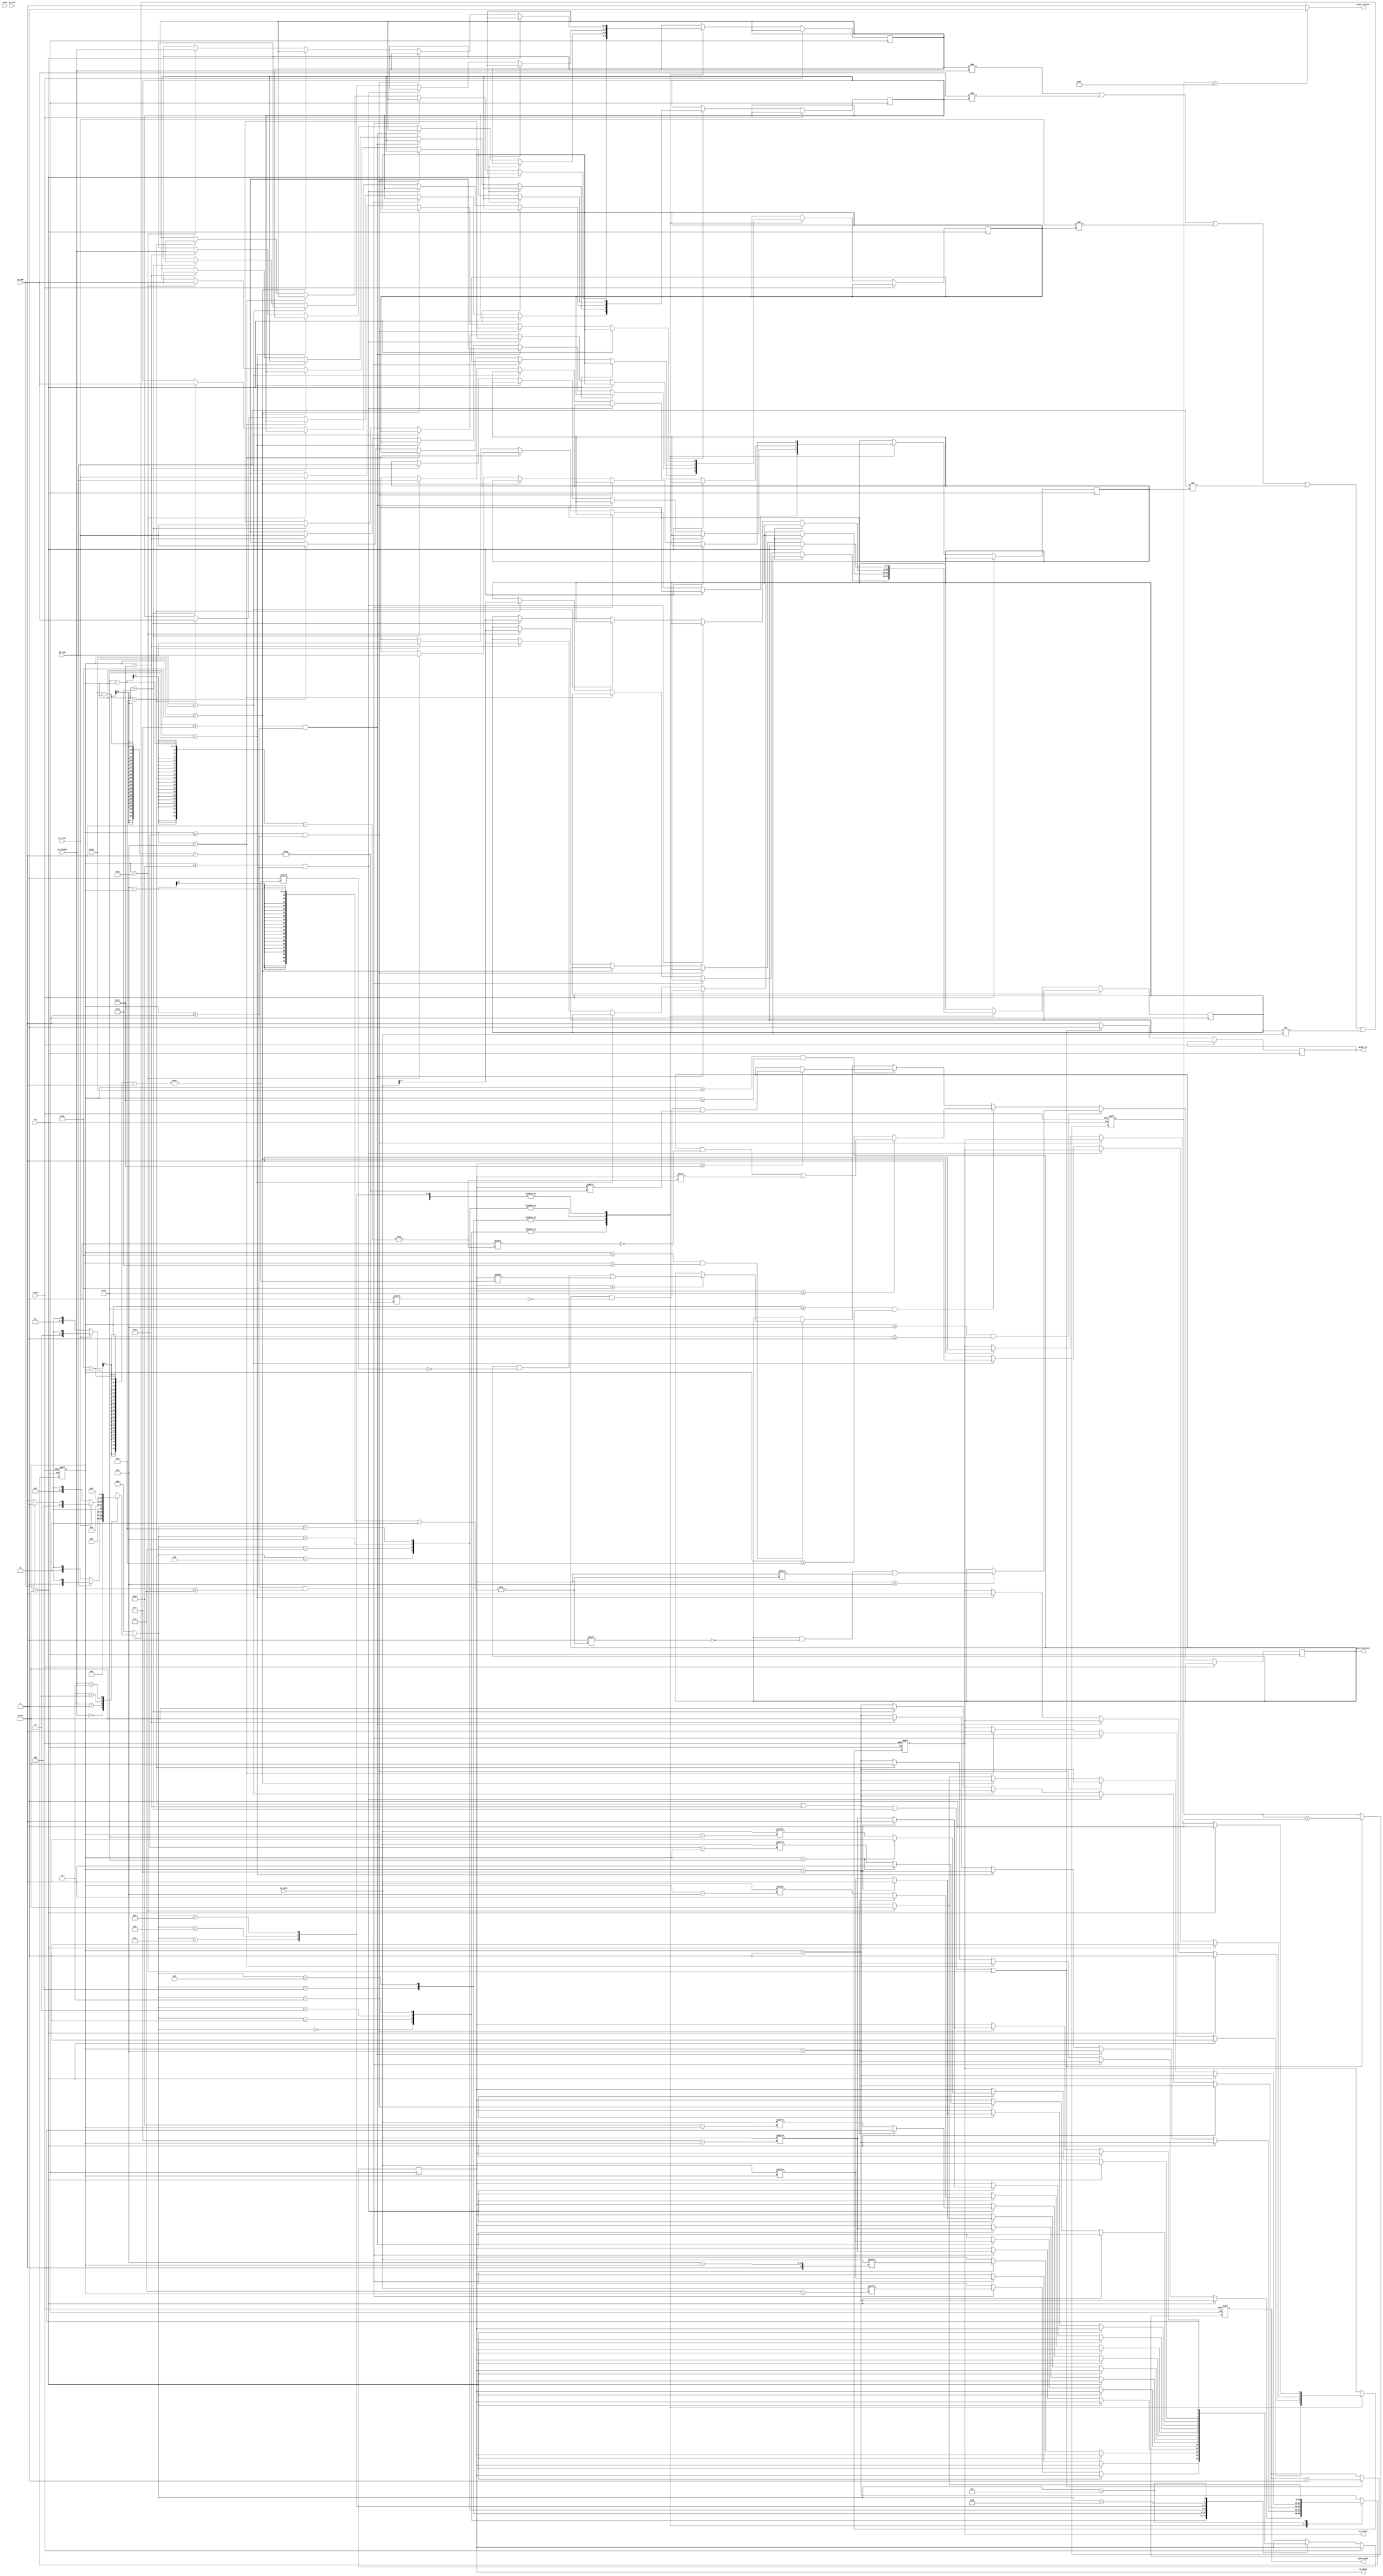
module STI_DAC(clk ,reset, load, pi_data, pi_length, pi_fill, pi_msb, pi_low, pi_end,
	       so_data, so_valid,
	       pixel_finish, pixel_dataout, pixel_addr,
	       pixel_wr);
input		clk, reset;
input		load, pi_msb, pi_low, pi_end; 
input	[15:0]	pi_data;
input	[1:0]	pi_length;
input		pi_fill;
output reg		so_data, so_valid;
output reg  pixel_finish, pixel_wr;
output reg [7:0] pixel_addr;
output reg [7:0] pixel_dataout;
reg [10:0] pix_count,count;
reg [10:0]so_count,cur,next;
reg[1:0] prev_length;
reg prev_msb,prev_low,prev_fill;
reg [7:0]prev_data;

//==============================================================================
always@(negedge clk or posedge reset)begin
	if(reset)begin
		pixel_addr <= -8'd1;
		pix_count <= -11'd1;
	end
	else begin
	pixel_wr <= 1'd0;
	if (so_count == 9 || so_count == 17 || so_count == 25 || so_count == 33) begin
		pixel_wr <= 1'd1;
		pixel_addr <= pixel_addr + 1;
		pix_count <= pix_count + 1;
	end
	end
end
always @(posedge clk or posedge reset) begin
	if(reset)begin
		so_valid <= 1'd0;
		so_count <= -11'd1;
		count <= 11'd1;
	end
	else begin
		if(so_count <= 11'd8 && so_count >= 11'd1)begin
			if(so_data <= 11'd8)begin
				pixel_dataout[8 - so_count] <= so_data;
			end
			// if (so_count == 8) begin
			// 	pixel_wr <= 1'd1;
			// 	pixel_addr <= pixel_addr + 1;
			// 	pix_count <= pix_count + 1;
			// end
		end
		else if(so_count <= 11'd16 && so_count >= 11'd9)begin
			if(so_data <= 11'd16)begin
				pixel_dataout[16-so_count] <= so_data;
			end
			// if (so_count == 16) begin
			// 	pixel_wr <= 1'd1;
			// 	pixel_addr <= pixel_addr + 1;
			// 	pix_count <= pix_count + 1;
			// end
		end
		else if(so_count <= 11'd24 && so_count >= 11'd17)begin
			if(so_data <= 17)begin
				pixel_dataout[24-so_count] <= so_data;
			end
			// if (so_count == 24) begin
			// 	pixel_wr <= 1'd1;
			// 	pixel_addr <= pixel_addr + 1;
			// 	pix_count <= pix_count + 1;
			// end
		end
		else if(so_count <= 11'd32 && so_count >= 11'd25)begin
			if(so_data <= 32)begin
				pixel_dataout[32-so_count] <= so_data;
			end
			// if (so_count == 32) begin
			// 	pixel_wr <= 1'd1;
			// 	pixel_addr <= pixel_addr + 1;
			// 	pix_count <= pix_count + 1;
			// end
	 	end
		so_count <= so_count + 11'd1;
		case (cur)
		0:begin
			if (so_count == -11'd1) begin
				so_valid <= 1'd1;
			end
			else if(so_count >= 11'd0 && so_count <= 7 )begin
				so_data <= pi_data[so_count];
			end
			else if(so_count == 11'd8)begin
				so_valid <= 1'd0;
			end
			else if (so_count == 11'd9) begin
				so_count <= -11'd1;
				prev_length <= pi_length;
				prev_msb <= pi_msb;
				prev_fill <= pi_fill;
				prev_low <= pi_low;
				prev_data <= pi_data;
			end
		end
		1:begin
			if (so_count == -11'd1) begin
				so_valid <= 1'd1;
			end
			else if(so_count >= 11'd0 && so_count <= 7 )begin
				so_data <= pi_data[7 - so_count];
			end
			else if(so_count == 11'd8)begin
				so_valid <= 1'd0;
			end
			else if (so_count == 11'd9) begin
				so_count <= -11'd1;
				prev_length <= pi_length;
				prev_msb <= pi_msb;
				prev_fill <= pi_fill;
				prev_low <= pi_low;
				prev_data <= pi_data;
			end
		end
		2:begin
			if (so_count == -11'd1) begin
				so_valid <= 1'd1;
			end
			else if(so_count >= 11'd0 && so_count <= 7 )begin
				so_data <= pi_data[8 + so_count];
			end
			else if(so_count == 11'd8)begin
				so_valid <= 1'd0;
			end
			else if (so_count == 11'd9) begin
				so_count <= -11'd1;
				prev_length <= pi_length;
				prev_msb <= pi_msb;
				prev_fill <= pi_fill;
				prev_low <= pi_low;
				prev_data <= pi_data;
			end
		end
		3:begin
			if (so_count == -11'd1) begin
				so_valid <= 1'd1;
			end
			else if(so_count >= 11'd0 && so_count <= 7 )begin
				so_data <= pi_data[15 - so_count];
			end
			else if(so_count == 11'd8)begin
				so_valid <= 1'd0;
			end
			else if (so_count == 11'd9) begin
				so_count <= -11'd1;
				prev_length <= pi_length;
				prev_msb <= pi_msb;
				prev_fill <= pi_fill;
				prev_low <= pi_low;
				prev_data <= pi_data;
			end
		end
		4:begin
			if (so_count == -11'd1) begin
					so_valid <= 1'd1;
				end
				else if(so_count <= 11'd15 && so_count >= 11'd0)begin
					so_data <= pi_data[so_count];
				end
				else if(so_count == 11'd16)begin
					so_valid <= 1'd0;
				end
				else if (so_count == 11'd17) begin
					so_count <= -11'd1;
					prev_length <= pi_length;
					prev_msb <= pi_msb;
					prev_fill <= pi_fill;
					prev_low <= pi_low;
					prev_data <= pi_data;
				end
		end
		5:begin
			if (so_count == -11'd1) begin
				so_valid <= 1'd1;
			end
			else if(so_count <= 11'd15 && so_count >= 11'd0)begin
				so_data <= pi_data[15-so_count];
			end
			else if(so_count == 11'd16)begin
				so_valid <= 1'd0;
			end
			else if (so_count == 11'd17) begin
				so_count <= -11'd1;
				prev_length <= pi_length;
				prev_msb <= pi_msb;
				prev_fill <= pi_fill;
				prev_low <= pi_low;
				prev_data <= pi_data;
			end
		end
		6:begin
			if (so_count == -11'd1) begin
				so_valid <= 1'd1;
			end
			else if(so_count <= 11'd23 && so_count >= 11'd0)begin
				if(so_count > 11'd15)begin
					so_data <= 1'd0;	
				end
				else begin
					so_data <= pi_data[so_count];		
				end
			end
			else if(so_count == 11'd24)begin
				so_valid <= 1'd0;
			end
			else if (so_count == 11'd25) begin
				so_count <= -11'd1;
				prev_length <= pi_length;
				prev_msb <= pi_msb;
				prev_fill <= pi_fill;
				prev_low <= pi_low;
				prev_data <= pi_data;
			end
		end
		7:begin
			if (so_count == -11'd1) begin
				so_valid <= 1'd1;
			end
			else if(so_count <= 11'd23 && so_count >= 11'd0)begin
				if(so_count < 11'd8)begin
					so_data <= 1'd0;
				end
				else begin
					so_data <= pi_data[23-so_count];
				end
			end
			else if(so_count == 11'd24)begin
				so_valid <= 1'd0;
			end
			else if (so_count == 11'd25) begin
				so_count <= -11'd1;
				prev_length <= pi_length;
				prev_msb <= pi_msb;
				prev_fill <= pi_fill;
				prev_low <= pi_low;
				prev_data <= pi_data;
			end
		end
		8:begin
			if (so_count == -11'd1) begin
				so_valid <= 1'd1;
			end
			else if(so_count <= 11'd23 && so_count >= 11'd0)begin
				if(so_count < 11'd8)begin
					so_data <= 1'd0;
				end
				else begin
					so_data <= pi_data[so_count-8];	
				end
			end
			else if(so_count == 11'd24)begin
				so_valid <= 1'd0;
			end
			else if (so_count == 11'd25) begin
				so_count <= -11'd1;
				prev_length <= pi_length;
				prev_msb <= pi_msb;
				prev_fill <= pi_fill;
				prev_low <= pi_low;
				prev_data <= pi_data;
			end
		end
		9:begin
			if (so_count == -11'd1) begin
				so_valid <= 1'd1;
			end
			else if(so_count <= 11'd23 && so_count >= 11'd0)begin
				if(so_count > 11'd15)begin
					so_data <= 1'd0;
				end
				else begin
					so_data <= pi_data[15-so_count];
				end
			end
			else if(so_count == 11'd24)begin
				so_valid <= 1'd0;
			end
			else if (so_count == 11'd25) begin
				so_count <= -11'd1;
				prev_length <= pi_length;
				prev_msb <= pi_msb;
				prev_fill <= pi_fill;
				prev_low <= pi_low;
				prev_data <= pi_data;
			end
		end
		10:begin
			if (so_count == -11'd1) begin
					so_valid <= 1'd1;
				end
				else if( so_count <= 11'd31 && so_count >= 11'd0)begin
					if(so_count > 11'd15)begin
						so_data <= 1'd0;	
					end
					else begin
						so_data <= pi_data[so_count];
					end
				end
				else if(so_count == 11'd32)begin
					so_valid <= 1'd0;
				end
				else if (so_count == 11'd33) begin
					so_count <= -11'd1;
					prev_length <= pi_length;
					prev_msb <= pi_msb;
					prev_fill <= pi_fill;
					prev_low <= pi_low;
					prev_data <= pi_data;
				end
		end
		11:begin
			if (so_count == -11'd1) begin
					so_valid <= 1'd1;
				end
				else if( so_count <= 11'd31 && so_count >= 11'd0)begin
					if(so_count < 11'd16)begin
						so_data <= 1'd0;
					end
					else begin
						so_data <= pi_data[31-so_count];	
					end
				end
				else if(so_count == 11'd32)begin
					so_valid <= 1'd0;
				end
				else if (so_count == 11'd33) begin
					so_count <= -11'd1;
					prev_length <= pi_length;
					prev_msb <= pi_msb;
					prev_fill <= pi_fill;
					prev_low <= pi_low;
					prev_data <= pi_data;
				end
		end
		12:begin
			if (so_count == -11'd1) begin
					so_valid <= 1'd1;
				end
				else if( so_count <= 11'd31 && so_count >= 11'd0)begin
					if(so_count < 11'd16)begin
						so_data <= 1'd0;
					end
					else begin
						so_data <= pi_data[so_count-16];	
					end
				end
				else if(so_count == 11'd32)begin
					so_valid <= 1'd0;
				end
				else if (so_count == 11'd33) begin
					so_count <= -11'd1;
					prev_length <= pi_length;
					prev_msb <= pi_msb;
					prev_fill <= pi_fill;
					prev_low <= pi_low;
					prev_data <= pi_data;
				end
		end
		13:begin
			if (so_count == -11'd1) begin
					so_valid <= 1'd1;
				end
				else if( so_count <= 11'd31 && so_count >= 11'd0)begin
					if(so_count > 11'd15)begin
						so_data <= 1'd0;	
					end
					else begin
						so_data <= pi_data[15-so_count];
					end
				end
				else if(so_count == 11'd32)begin
					so_valid <= 1'd0;
				end
				else if (so_count == 11'd33) begin
					so_count <= -11'd1;
					prev_length <= pi_length;
					prev_msb <= pi_msb;
					prev_fill <= pi_fill;
					prev_low <= pi_low;
					prev_data <= pi_data;
				end
		end
		14:begin
			so_data <= 1'd0;
			so_count <= so_count + 1;
			if(so_count == 11'd33)begin
				so_count <= -11'd1;
			end
		end	
		endcase
	end
	end

always@(*)begin
	if(prev_length != pi_length || pi_msb != prev_msb || pi_fill != prev_fill || pi_low != prev_low || prev_data !=pi_data )begin
		case (pi_length)
			2'b00:begin
				if (pi_low == 1'd0) begin
					if(pi_msb == 1'd0)begin
						cur = 0;
					end
					else begin
						cur = 1;
					end
				end
				else begin
					if(pi_msb == 1'd0)begin
						cur = 2;
					end
					else begin
						cur = 3;
					end
				end
			end
			2'b01:begin
				if (pi_msb == 1'd0) begin
					cur = 4;
				end
				else begin
					cur = 5;
				end
			end
			2'b10:begin
				if (pi_fill == 1'd0) begin
					if(pi_msb == 1'd0)begin
						cur = 6;
					end
					else begin
						cur = 7;
					end
				end
				else begin
					if(pi_msb == 1'd0)begin
						cur = 8;
					end
					else begin
						cur = 9;
					end
				end
			end
			2'b11:begin
				if (pi_fill == 1'd0) begin
					if(pi_msb == 1'd0)begin
						cur = 10;
					end
					else begin
						cur = 11;
					end
				end
				else begin
					if(pi_msb == 1'd0)begin
						cur = 12;
					end
					else begin
						cur = 13;
					end
				end
			end  
		endcase
	end
	else begin
		cur = 14;
	end
	if(pix_count == 255)begin//255mdsim ok/256ncv ok
	  pixel_finish = 1'd1;
	end
	else begin
		pixel_finish = 0;
	end
end
endmodule